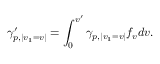
\gamma _ { p , | v _ { 1 } = v | } ^ { \prime } = \int _ { 0 } ^ { v ^ { \prime } } \gamma _ { p , | v _ { 1 } = v | } f _ { v } d v .